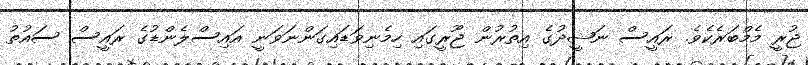
ޖުރީ މެމްބަރެކެވެ. ރައީސް ނަޝީދުގެ އިތުރުން ޖޫރީގައި ހިމެނިވަޑައިގަންނަވަނީ އައިސްލެންޑުގެ ރައީސް ސައުތު